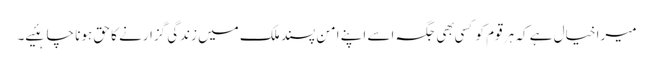
میرا خیال ہے کہ ہر قوم کو کسی بهی جگہ اسے اپنے امن پسند ملک میں زندگی گزارنے کا حق ہونا چاہئیے۔